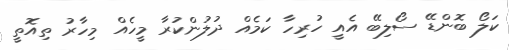
ކަލޯ ބޮންޑޭ ސޯލިބޭ އެއީ ހުރިހާ ކަމެއް ދުލުންކުރާ މީހެއް މިހާރު ތިއޮތީ